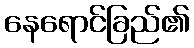
နေရောင်ခြည်၏